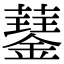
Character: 𧂖